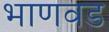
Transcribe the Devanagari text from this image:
भाणवड